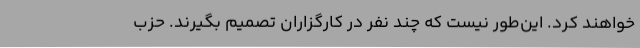
خواهند کرد. این‌طور نیست که چند نفر در کارگزاران تصمیم بگیرند. حزب